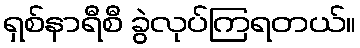
ရှစ်နာရီစီ ခွဲလုပ်ကြရတယ်။